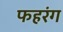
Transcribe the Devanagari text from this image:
फहरंग